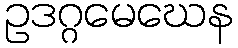
ဥဒဂ္ဂမေဃေန